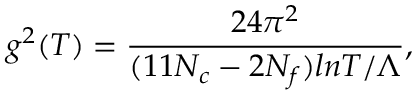
g ^ { 2 } ( T ) = \frac { 2 4 \pi ^ { 2 } } { ( 1 1 N _ { c } - 2 N _ { f } ) l n T / \Lambda } ,